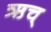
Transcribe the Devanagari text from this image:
ऋच्‌